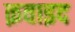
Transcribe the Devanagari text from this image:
क़वाइद